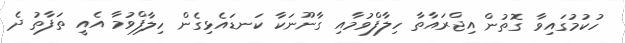
ހުކުމުގައިވާ ގޮތުން އިޖްރައާތާ ހިލާފްވުމާއި ގާނޫނަކާ ކަނޑައެޅިގެން ހިލާފްވުމާ އެއީ ތަފާތު ދެ